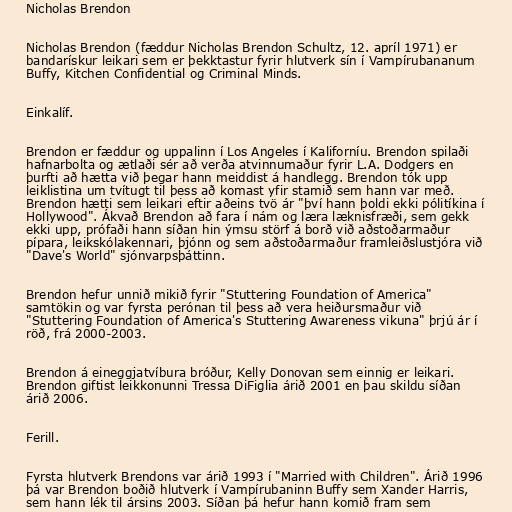
Nicholas Brendon

Nicholas Brendon (fæddur Nicholas Brendon Schultz, 12. apríl 1971) er
bandarískur leikari sem er þekktastur fyrir hlutverk sín í Vampírubananum
Buffy, Kitchen Confidential og Criminal Minds.

Einkalíf.

Brendon er fæddur og uppalinn í Los Angeles í Kaliforníu. Brendon spilaði
hafnarbolta og ætlaði sér að verða atvinnumaður fyrir L.A. Dodgers en
þurfti að hætta við þegar hann meiddist á handlegg. Brendon tók upp
leiklistina um tvítugt til þess að komast yfir stamið sem hann var með.
Brendon hætti sem leikari eftir aðeins tvö ár "því hann þoldi ekki pólitíkina í
Hollywood". Ákvað Brendon að fara í nám og læra læknisfræði, sem gekk
ekki upp, prófaði hann síðan hin ýmsu störf á borð við aðstoðarmaður
pípara, leikskólakennari, þjónn og sem aðstoðarmaður framleiðslustjóra við
"Dave's World" sjónvarpsþáttinn.

Brendon hefur unnið mikið fyrir "Stuttering Foundation of America"
samtökin og var fyrsta perónan til þess að vera heiðursmaður við
"Stuttering Foundation of America's Stuttering Awareness vikuna" þrjú ár í
röð, frá 2000-2003.

Brendon á eineggjatvíbura bróður, Kelly Donovan sem einnig er leikari.
Brendon giftist leikkonunni Tressa DiFiglia árið 2001 en þau skildu síðan
árið 2006.

Ferill.

Fyrsta hlutverk Brendons var árið 1993 í "Married with Children". Árið 1996
þá var Brendon boðið hlutverk í Vampírubaninn Buffy sem Xander Harris,
sem hann lék til ársins 2003. Síðan þá hefur hann komið fram sem